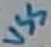
Text: VSS